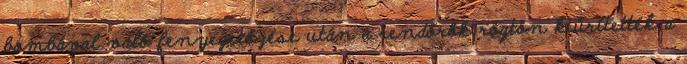
bombával való fenyegetőzése után a rendőrök rögtön kiürítették a